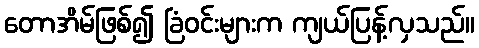
တောအိမ်ဖြစ်၍ ခြံဝင်းများက ကျယ်ပြန့်လှသည်။